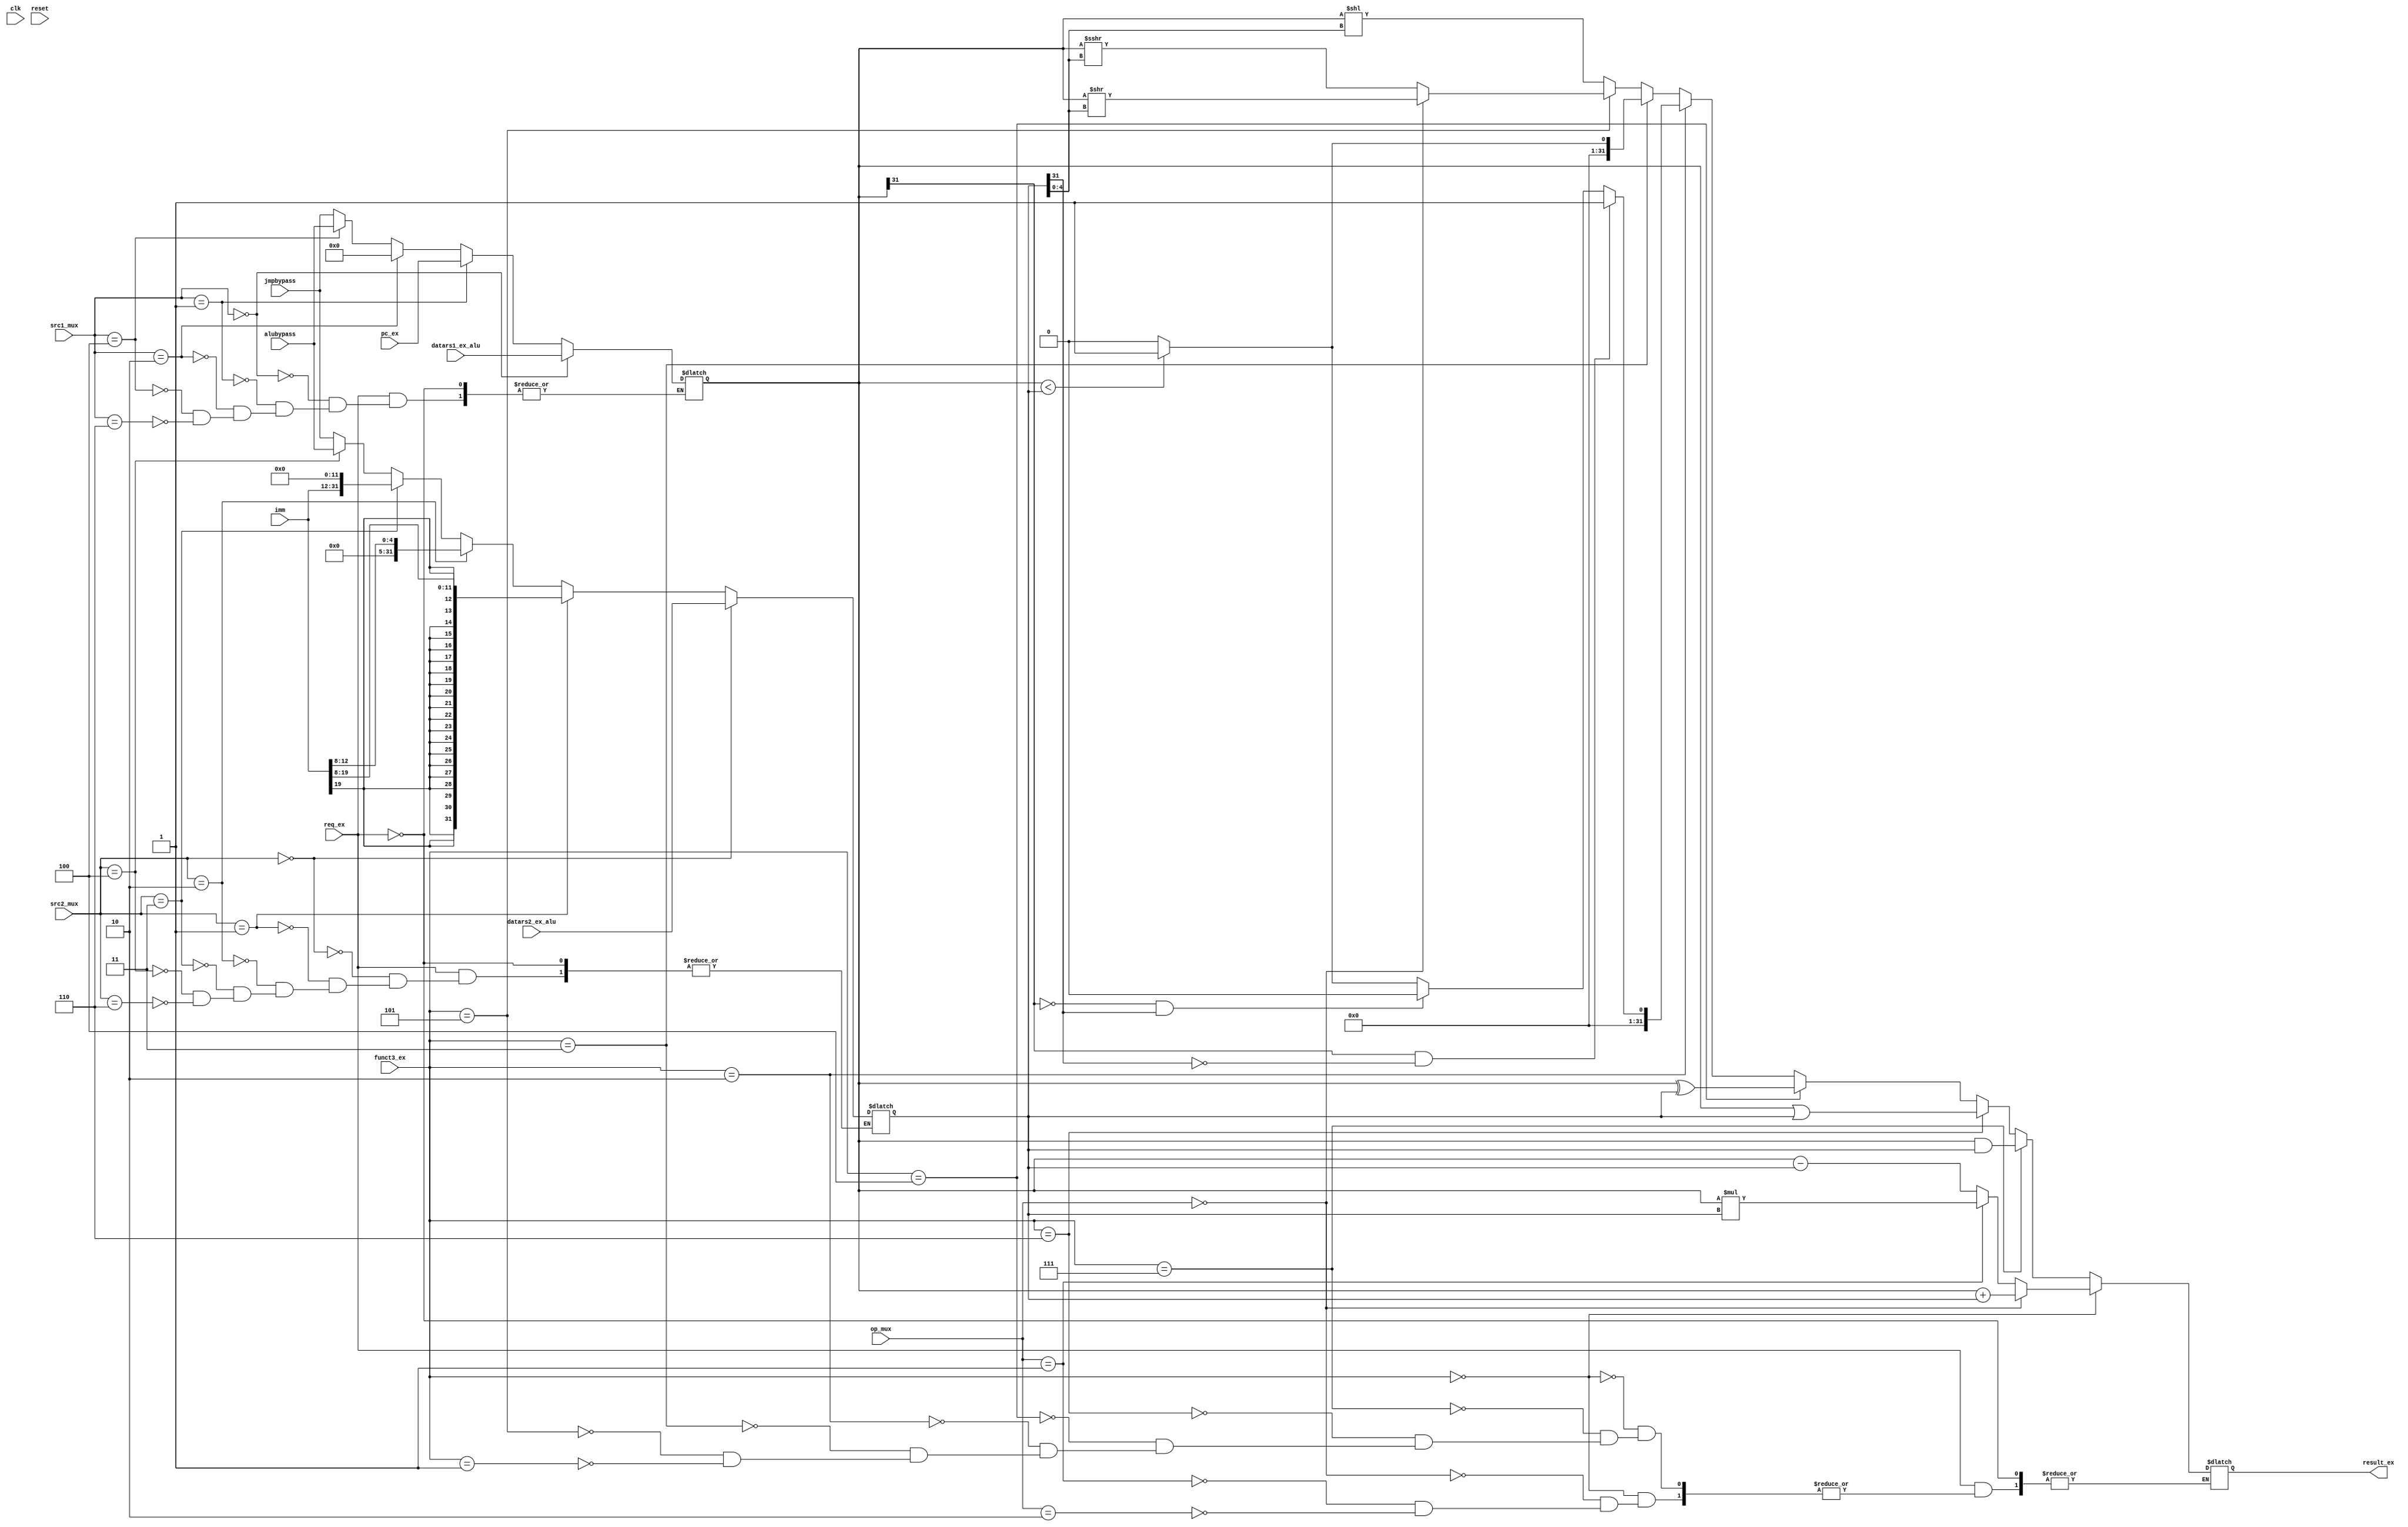
module stage_ex_alu (
    input clk,
    input reset,
    
    input req_ex,
    input [2:0] funct3_ex,
    input [1:0] op_mux,
    input [2:0] src1_mux,
    input [2:0] src2_mux,
    input [31:0] datars1_ex_alu,
    input [31:0] datars2_ex_alu,
    input [31:0] pc_ex,
    input [19:0] imm,
    input [31:0] alubypass,
    input [31:0] jmpbypass,

    output reg [31:0] result_ex

);

integer i;
    
reg [31:0] src1;
reg [31:0] src2;

always @(*) begin
    if (req_ex) begin
        // src1
        if (src1_mux == 3'b0) begin
            src1 <= datars1_ex_alu;
        end else if (src1_mux == 3'b01) begin
            src1 <= pc_ex;
        end else if (src1_mux == 3'b10) begin
            src1 <= 32'b0;
        end else if (src1_mux == 3'b100) begin
            src1 <= alubypass;
        end else if (src1_mux == 3'b110) begin
            src1 <= jmpbypass;
        end
        //src2
        if (src2_mux == 3'b0) begin
            src2 <= datars2_ex_alu;
        end else if (src2_mux == 3'b01) begin
            src2 <= {{21{imm[19]}},imm[18:8]};
        end else if (src2_mux == 3'b10) begin
            src2 <= {27'b0,imm[12:8]};
        end else if (src2_mux == 3'b11) begin
            src2 <= {imm,12'b0};
        end else if (src2_mux == 3'b100) begin
            src2 <= alubypass;
        end else if (src2_mux == 3'b110) begin
            src2 <= jmpbypass;
        end

        // calculation
        if (funct3_ex == 3'b000) begin
            if (op_mux == 2'b0) begin
                result_ex <= src1 + src2;
            end else if (op_mux == 2'b01) begin
                result_ex <= ($signed(src1)) * ($signed(src2));
            end else if (op_mux == 2'b10) begin
                result_ex <= src1 - src2;
            end
        end else if (funct3_ex == 3'b111) begin
            result_ex <= src1 & src2;
        end else if (funct3_ex == 3'b110) begin
            result_ex <= src1 | src2;
        end else if (funct3_ex == 3'b100) begin
            result_ex <= src1 ^ src2;
        end else if (funct3_ex == 3'b010) begin
            if (src1[31] && !src2[31]) begin  // 1n 2p
                result_ex <= 32'b1;
            end else if (!src1[31] && src2[31]) begin  // 1p 2n
                result_ex <= 32'b0;
            end else begin  // 1n 2n or 1p 2p
                result_ex <= (src1 < src2)? 32'b1: 32'b0;
            end
        end else if (funct3_ex == 3'b011) begin
            result_ex <= (src1 < src2)? 32'b1: 32'b0;
        end else if (funct3_ex == 3'b101) begin
            if (op_mux == 2'b00) begin
                result_ex <= src1 >> src2[4:0];
            end else begin
                result_ex <= ($signed(src1)) >>> src2[4:0];
            end
        end else if (funct3_ex == 3'b001) begin
            result_ex <= src1 << src2[4:0];
        end
    end
end



endmodule